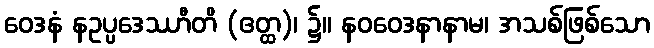
ဝေဒနံ နဥပ္ပဒေဿာီတိ (ဧတ္ထ)၊ ၌။ နဝဝေဒနာနာမ၊ အသစ်ဖြစ်သော